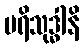
ပရိသုဒ္ဓါနိ